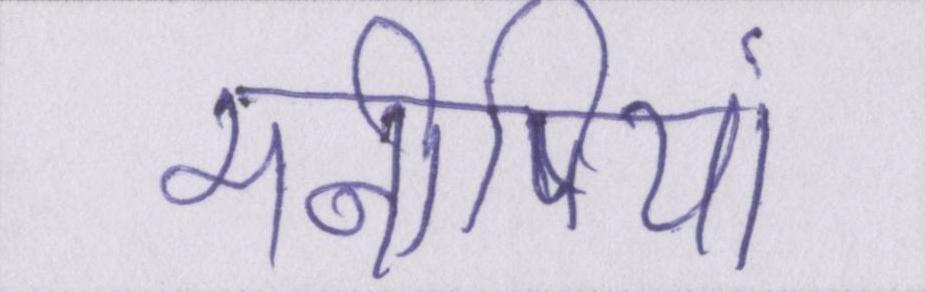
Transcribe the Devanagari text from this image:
मनीषियों